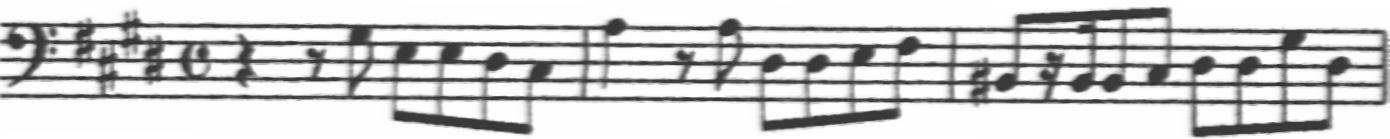
Transcription: clef-F4 keySignature-EM timeSignature-C rest-quarter rest-eighth note-G#3_eighth note-E3_eighth note-E3_eighth note-D#3_eighth note-C#3_eighth barline note-A3_quarter rest-eighth note-A3_eighth note-D#3_eighth note-D#3_eighth note-E3_eighth note-F#3_eighth barline note-B#2_eighth rest-sixteenth note-B2_sixteenth note-B2_eighth note-C#3_eighth note-D#3_eighth note-D#3_eighth note-G#3_eighth note-D#3_eighth barline